Annual administration and progress report of the Indian Medical Department, Bombay
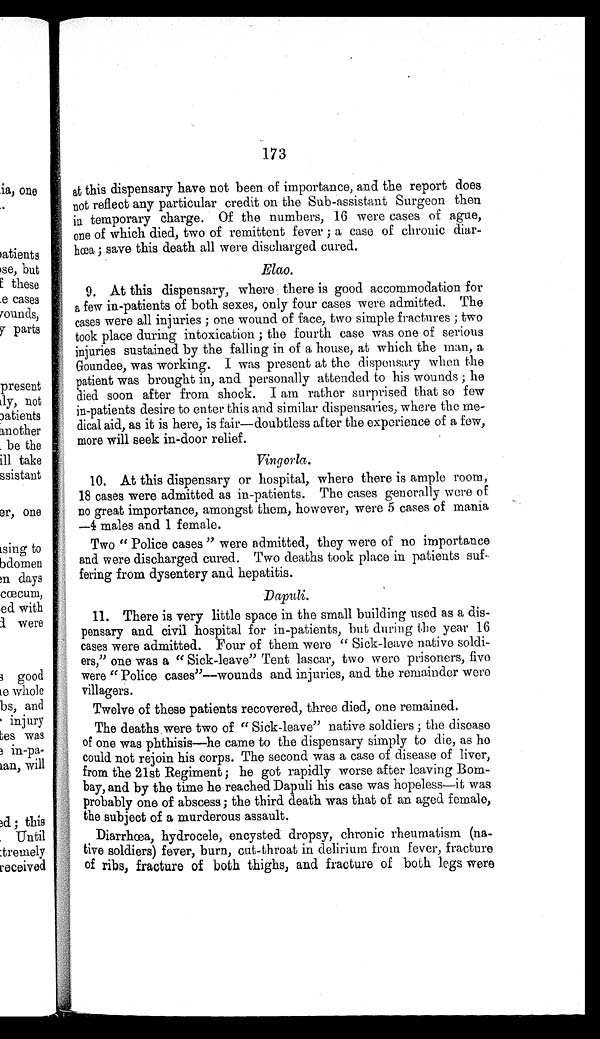
173
at this dispensary have not been of importance, and the report does
not reflect any particular credit on the Sub-assistant Surgeon then
in temporary charge. Of the numbers, 16 were cases of ague,
one of which died, two of remittent fever ; a case of chronic
diarhœa ; save this death all were discharged cured.
Elao.
9. At this dispensary, where there is good accommodation for
a few in-patients of both sexes, only four cases were admitted. The
cases were all injuries ; one wound of face, two simple fractures ; two
took place during intoxication ; the fourth case was one of serious
injuries sustained by the falling in of a house, at which the man, a
Goundee, was working. I was present at the dispensary when the
patient was brought in, and personally attended to his wounds ; he
died soon after from shock. I am rather surprised that so few
in-patients desire to enter this and similar dispensaries, where the me-
dical aid, as it is here, is fair—doubtless after the experience of a few,
more will seek in-door relief.
Vingorla.
10. At this dispensary or hospital, where there is ample room,
18 cases were admitted as in-patients. The cases generally were of
no great importance, amongst them, however, were 5 cases of mania
—4 males and 1 female.
Two " Police cases " were admitted, they were of no importance
and were discharged cured. Two deaths took place in patients suf-
fering from dysentery and hepatitis.
Dapuli.
11. There is very little space in the small building used as a dis-
pensary and civil hospital for in-patients, but during the year 16
cases were admitted. Four of them were " Sick-leave native soldi-
ers," one was a " Sick-leave" Tent lascar, two were prisoners, five
were "Police cases"—wounds and injuries, and the remainder were
villagers.
Twelve of these patients recovered, three died, one remained.
The deaths were two of " Sick-leave" native soldiers ; the disease
of one was phthisis—he came to the dispensary simply to die, as he
could not rejoin his corps. The second was a case of disease of liver,
from the 21st Regiment ; he got rapidly worse after leaving Bom-
bay, and by the time he reached Dapuli his case was hopeless—it was
probably one of abscess; the third death was that of an aged female,
the subject of a murderous assault.
Diarrhœa, hydrocele, encysted dropsy, chronic rheumatism (na-
tive soldiers) fever, burn, cut-throat in delirium from fever, fracture
of ribs, fracture of both thighs, and fracture of both legs were